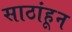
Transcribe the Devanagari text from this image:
साठांहून